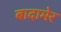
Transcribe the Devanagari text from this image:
बादामेर